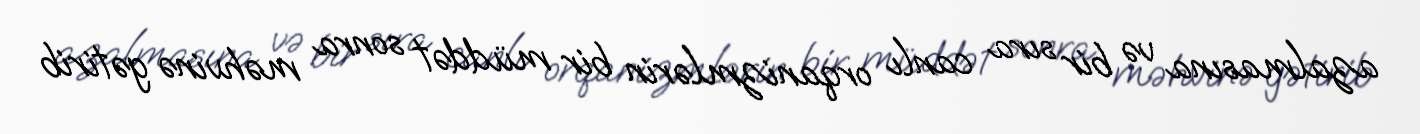
azalmasına və bir sıra canlı orqanizmlərin bir müddət sonra məhvinə gətirib